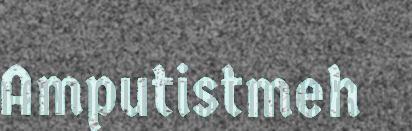
Amputistmeh